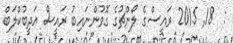
:  18